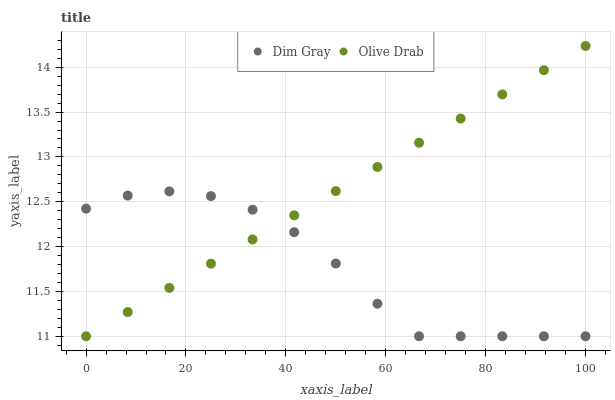
| xaxis_label | Dim Gray | Olive Drab |
 | --- | --- | --- |
 | 0 | 12.4 | 11 |
 | 8.33 | 12.6 | 11.3 |
 | 16.7 | 12.6 | 11.5 |
 | 25 | 12.6 | 11.8 |
 | 33.3 | 12.4 | 12.1 |
 | 41.7 | 12.2 | 12.3 |
 | 50 | 11.8 | 12.6 |
 | 58.3 | 11.4 | 12.9 |
 | 66.7 | 11 | 13.2 |
 | 75 | 11 | 13.4 |
 | 83.3 | 11 | 13.7 |
 | 91.7 | 11 | 14 |
 | 100 | 11 | 14.2 |